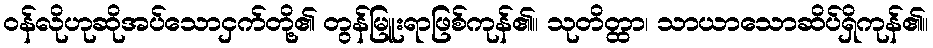
ဝန်လိုဟုဆိုအပ်သောငှက်တို့၏ တွန်မြူးရာဖြစ်ကုန်၏။ သုတိတ္ထာ၊ သာယာသောဆိပ်ရှိကုန်၏။